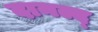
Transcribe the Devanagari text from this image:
दानल्द्